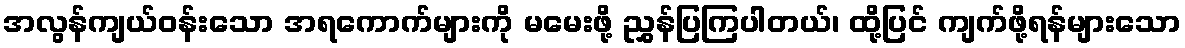
အလွန်ကျယ်ဝန်းသော အရကောက်များကို မမေးဖို့ ညွှန်ပြကြပါတယ်၊ ထို့ပြင် ကျက်ဖို့ရန်များသော